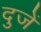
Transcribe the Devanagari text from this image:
दुजें